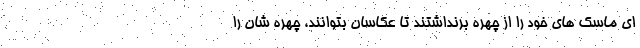
ای ماسک های خود را از چهره برنداشتند تا عکاسان بتوانند، چهره شان را